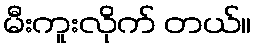
မီးကူးလိုက် တယ်။